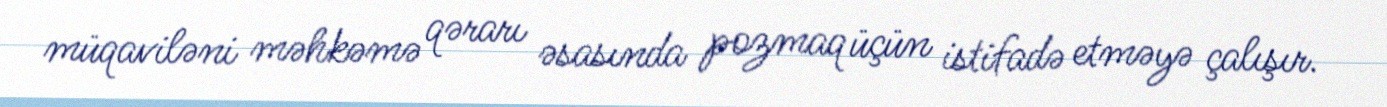
müqaviləni məhkəmə qərarı əsasında pozmaq üçün istifadə etməyə çalışır.